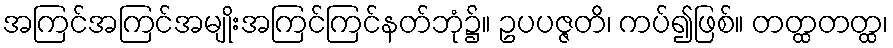
အကြင်အကြင်အမျိုးအကြင်ကြင်နတ်ဘုံ၌။ ဥပပဇ္ဇတိ၊ ကပ်၍ဖြစ်။ တတ္ထတတ္ထ၊